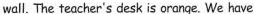
wall. The teacher's desk is orange. We have